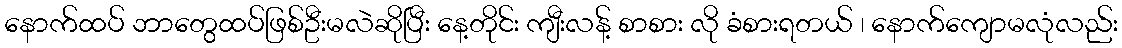
နောက်ထပ် ဘာတွေထပ်ဖြစ်ဦးမလဲဆိုပြီး နေ့တိုင်း ကျီးလန့် စာစား လို ခံစားရတယ် ၊ နောက်ကျောမလုံလည်း